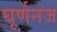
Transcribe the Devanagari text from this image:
घूर्णनज